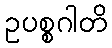
ဥပစ္စဂါတိ